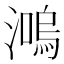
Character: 𤀙